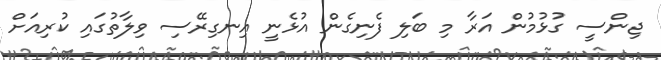
ޖިންސީ ގުޅުމުން އަރާ މި ބަލި ފެނިގެން އުޅެނީ އިނގިރޭސި ވިލާތުގައި ކުރިއަށް